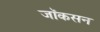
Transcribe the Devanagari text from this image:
जॉकसन